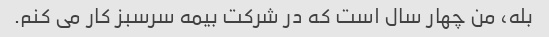
بله، من چهار سال است که در شرکت بیمه سرسبز کار می کنم.